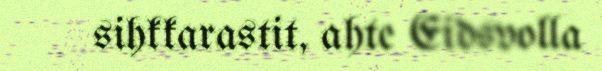
sihkkarastit, ahte Eidsvolla